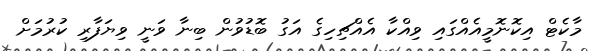
މާކެޓް އިކޮނޮމީއެއްގައި ވިއްކާ އެއްޗިހިގެ އަގު ބޮޑުވުން ބިނާ ވަނީ ވިޔަފާރި ކުރުމަށް